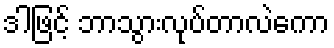
ဒါဖြင့် ဘာသွားလုပ်တာလဲကော